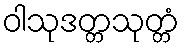
ဝါသုဒတ္တသုတ္တံ